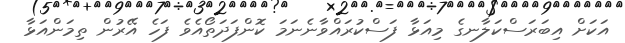
އަކަށް އިބަރަސްކަލާނގެ މިއަޅާ ފަސްކުރައްވާނެނަމަ ކޮންފަދަތޯއެވެ ފަހެ އޭރުން ތިމަންއަޅާ